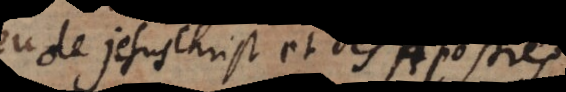
de Jesus Christ et des Apostres